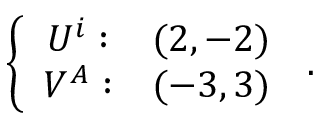
\left\{ \begin{array} { c c } { { U ^ { i } : } } & { { ( 2 , - 2 ) } } \\ { { V ^ { A } : } } & { { ( - 3 , 3 ) } } \end{array} \right. \, .